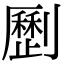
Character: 𠠝